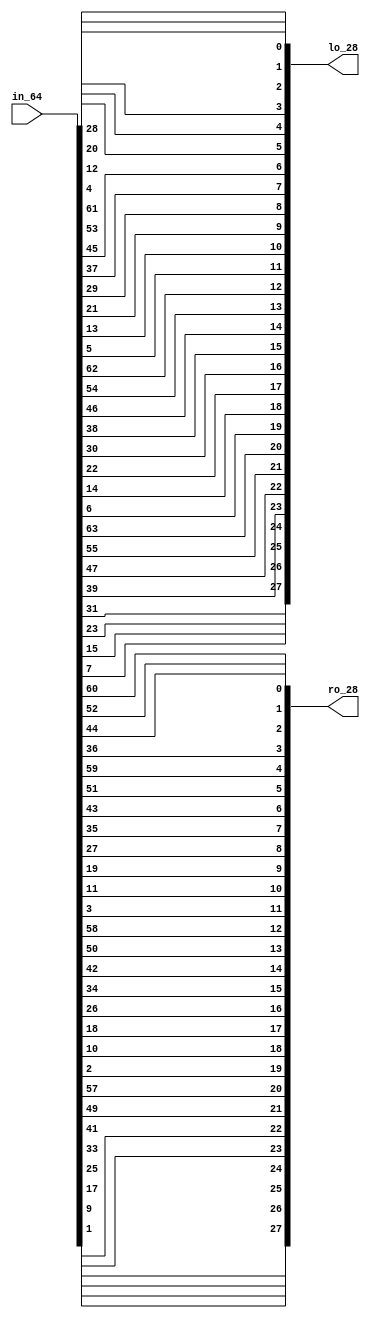
/**************************************************************************************
*   Name        :des_pc1.v
*   Description :DES subkeys pc1,part of des_top.v 
*                164,
*                ,8,16,24,32,40,48,5664
*   Origin      :20181228
**************************************************************************************/
module des_pc1
(
    input   wire [1:64] in_64,
    output  wire [1:28] lo_28,
    output  wire [1:28] ro_28
);
assign {lo_28,ro_28} = {
in_64[57], in_64[49], in_64[41], in_64[33], in_64[25], in_64[17], in_64[9],
in_64[1],  in_64[58], in_64[50], in_64[42], in_64[34], in_64[26], in_64[18], 
in_64[10], in_64[2],  in_64[59], in_64[51], in_64[43], in_64[35], in_64[27], 
in_64[19], in_64[11], in_64[3],  in_64[60], in_64[52], in_64[44], in_64[36], 

in_64[63], in_64[55], in_64[47], in_64[39], in_64[31], in_64[23], in_64[15], 
in_64[7],  in_64[62], in_64[54], in_64[46], in_64[38], in_64[30], in_64[22],
in_64[14], in_64[6],  in_64[61], in_64[53], in_64[45], in_64[37], in_64[29],
in_64[21], in_64[13], in_64[5],  in_64[28], in_64[20], in_64[12], in_64[4]

};
endmodule